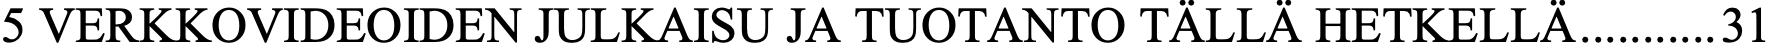
5 VERKKOVIDEOIDEN JULKAISU JA TUOTANTO TÄLLÄ HETKELLÄ...........31